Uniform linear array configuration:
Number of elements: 24
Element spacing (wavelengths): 1
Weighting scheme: blackman
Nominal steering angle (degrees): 15
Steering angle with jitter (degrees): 16.924
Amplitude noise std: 0.05
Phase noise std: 0.05

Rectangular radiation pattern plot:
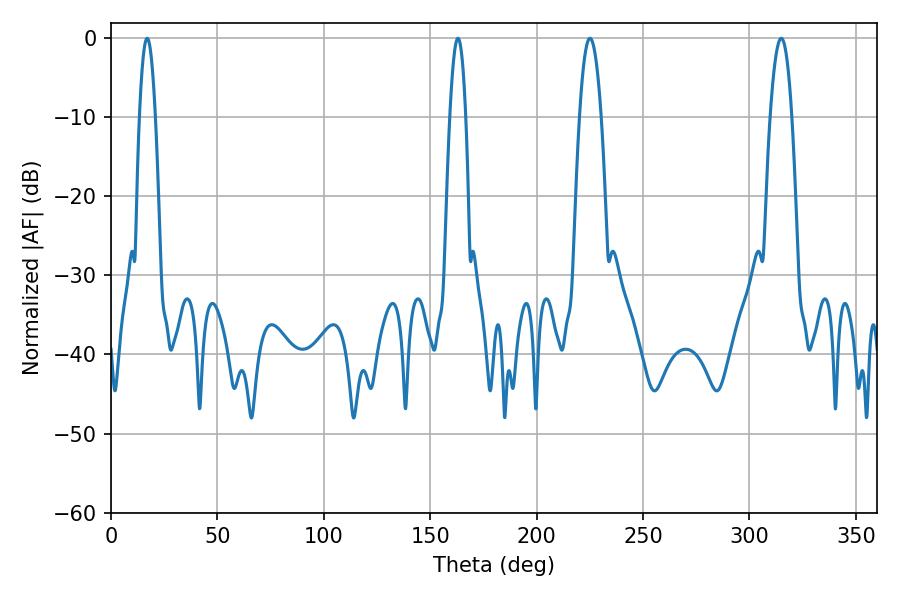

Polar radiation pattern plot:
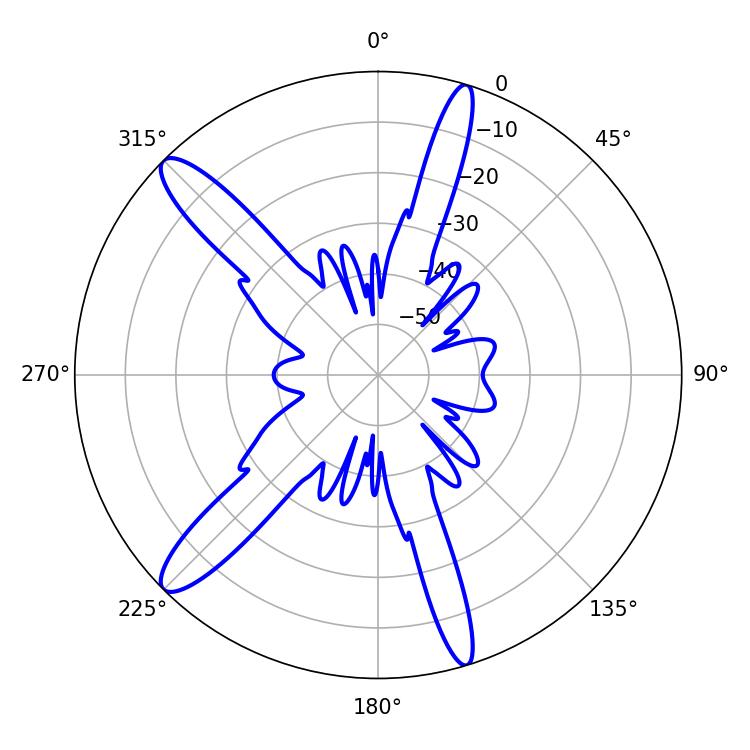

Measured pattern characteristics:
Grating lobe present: TRUE
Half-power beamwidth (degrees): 5.58
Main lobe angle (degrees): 225